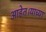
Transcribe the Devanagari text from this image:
आहेत।याच्या